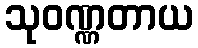
သုဝဏ္ဏတာယ